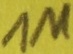
Text: 1Ω